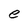
Character: e